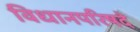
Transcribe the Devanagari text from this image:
विधानपरिषदे